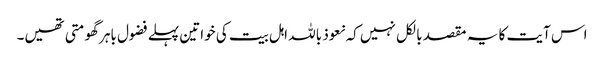
اس آیت کا یہ مقصد بالکل نہیں کہ نعوذ باللہ اہل بیت کی خواتین پہلے فضول باہر گھومتی تھیں۔